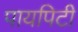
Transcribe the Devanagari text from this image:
पायपिटी